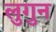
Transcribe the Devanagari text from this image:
लुगुन